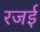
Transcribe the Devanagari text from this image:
रजई